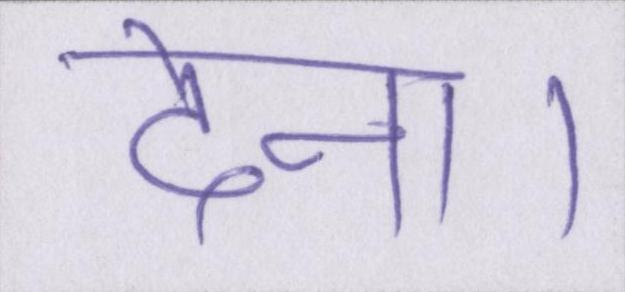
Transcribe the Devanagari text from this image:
देना।